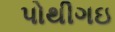
પોથીગઇ